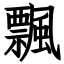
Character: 飄